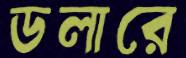
ডলারে